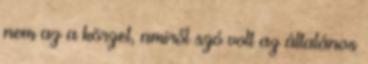
nem az a körzet, amiről szó volt az általános